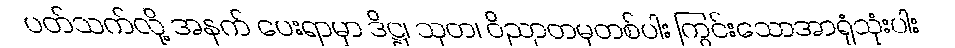
ပတ်သက်လို့ အနက် ပေးရာမှာ ဒိဋ္ဌ၊ သုတ၊ ဝိညာတမှတစ်ပါး ကြွင်းသောအာရုံသုံးပါး